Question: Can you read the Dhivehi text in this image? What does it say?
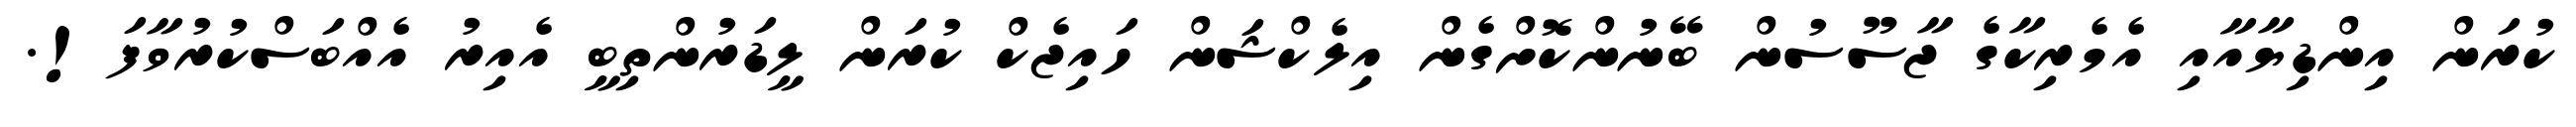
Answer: ކުރަން އިންޑިޔާއާއި އެމެރިކާގެ ޖާސޫސުން ބޭނުންކޮށްގެން އިލެކްޝަން ހައިޖެކް ކުރަން ލީޑަރުންތިބީ އެއިރު އެއްބަސްކުރުވާފަ!.